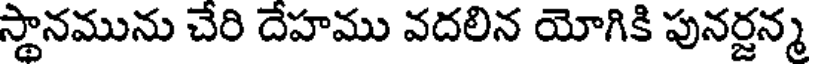
స్థానమును చేరి దేహము వదలిన యోగికి పునర్జన్మ